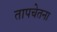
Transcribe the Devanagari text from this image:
तापचेतना